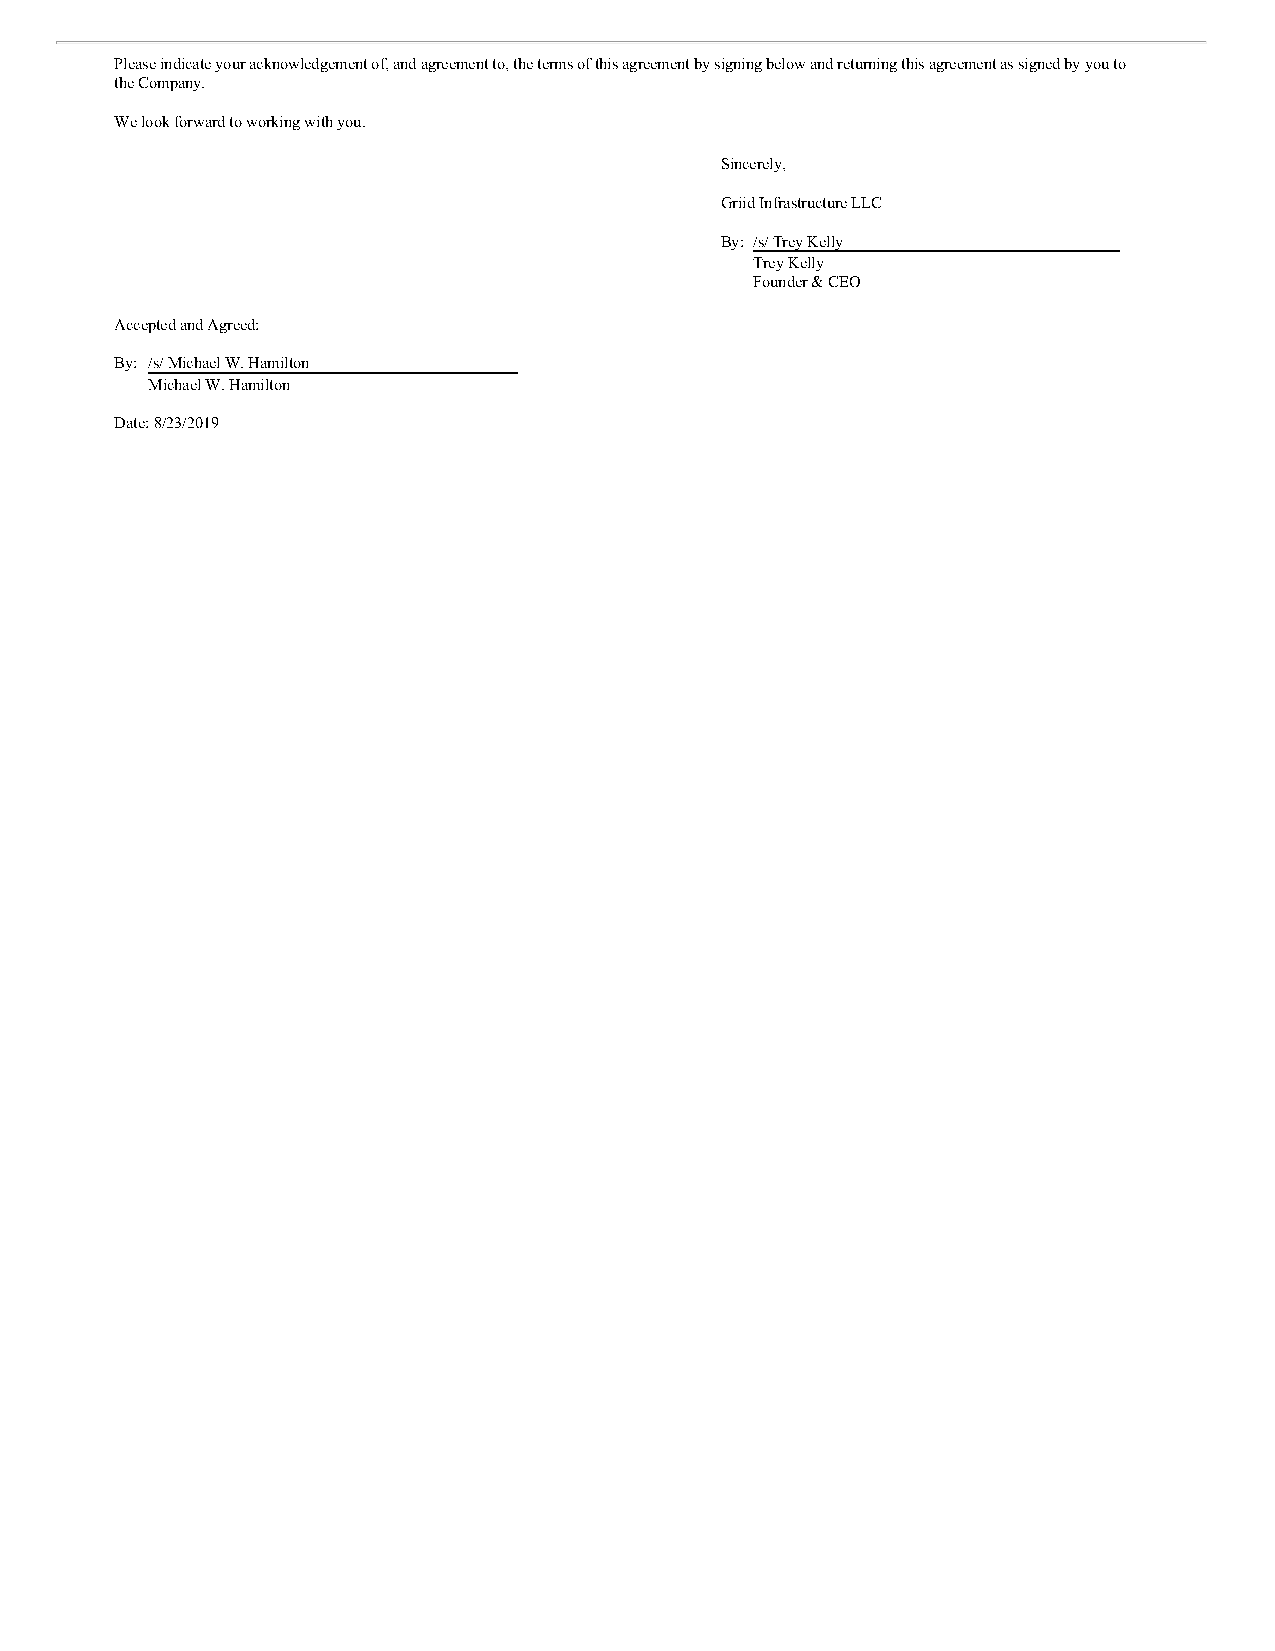
Please indicate your acknowledgement of, and agreement to, the terms of this agreement by signing below and returning this agreement as signed by you to
 the Company.
 We look forward to working with you.
 Sincerely,
 Griid Infrastructure LLC
 By: /s/ Trey Kelly
 Trey Kelly
 Founder & CEO
 Accepted and Agreed:
 By: /s/ Michael W. Hamilton
 Michael W. Hamilton
 Date: 8/23/2019